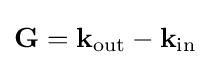
\mathbf {G} =\mathbf {k} _{\mathrm {out} }-\mathbf {k} _{\mathrm {in} }